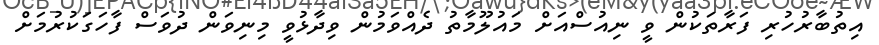
އިތުބާރުހުރި ފަރާތަކުން ވީ ނިއުސްއަށް މައުލޫމާތު ދެއްވަމުން ވިދާޅުވީ މިނިވަން ދުވަސް ފާހަގަކުރުމަށް